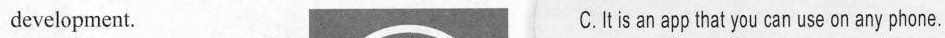
development. C.tis an app that you can use on any phone.